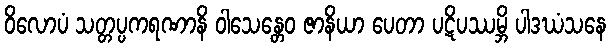
ဝိလောပံ သတ္တပ္ပကရဏာနိ ဝါသေန္တေဝ ဇာနိယာ ပေတာ ပဋိပဿမ္ဘိ ပါဒဃံသနေ